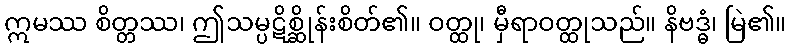
ဣမဿ စိတ္တဿ၊ ဤသမ္ပဋိစ္ဆိုန်းစိတ်၏။ ဝတ္ထု၊ မှီရာဝတ္ထုသည်။ နိဗဒ္ဓံ၊ မြဲ၏။